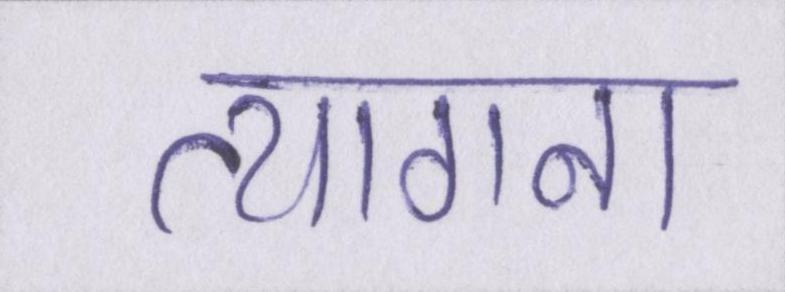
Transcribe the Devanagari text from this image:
त्यागना